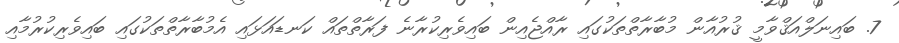
7. ބައިނަލްއަޤްވާމީ ޤުރުއާން މުބާރާތްތަކުގައި ރާއްޖެއިން ބައިވެރިކުރާނެ ފަރާތްތައް ކަނޑައަޅައި އެމުބާރާތްތަކުގައި ބައިވެރިކުރުމާއި